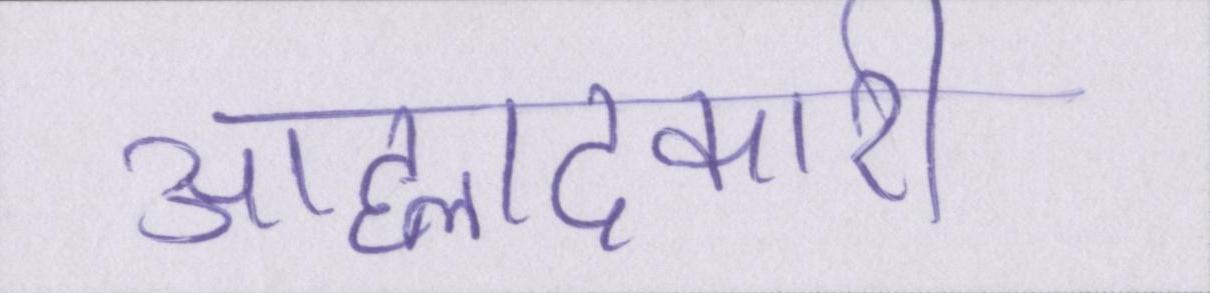
आह्लादकारी